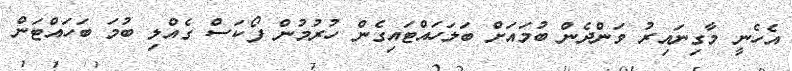
އެހެނީ މާގިނައިރު ވަންދެން ބުމައަށް ބަލަހައްޓައިގެން ހުރުމުން ފޯކަސް ގެއްލި ބުމަ ބަހައްޓަން